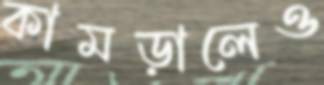
কামড়ালেও